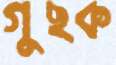
গুছক